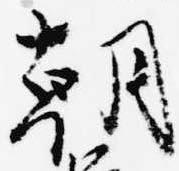
朝